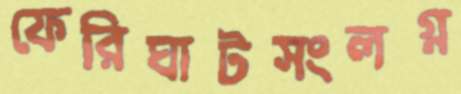
ফেরিঘাটসংলগ্ন